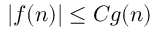
| f ( n ) | \le C g ( n )